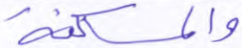
والمسكنة